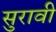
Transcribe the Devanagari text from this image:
सुरावी